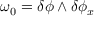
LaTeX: \omega _ { 0 } = \delta \phi \wedge \delta \phi _ { x }